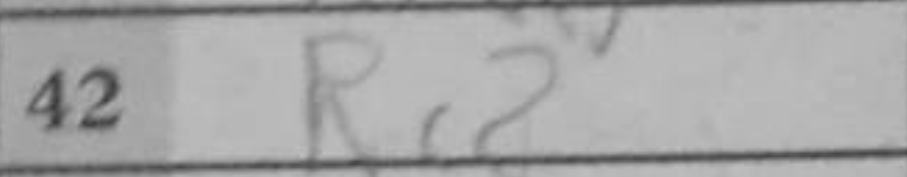
Transcription: Rc8